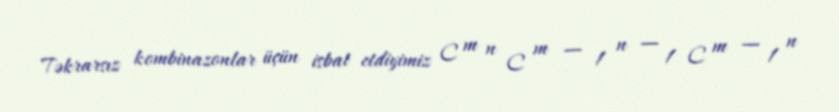
Təkrarsız kombinazonlar üçün isbat etdiyimiz C m n C m − 1 n − 1 C m − 1 n